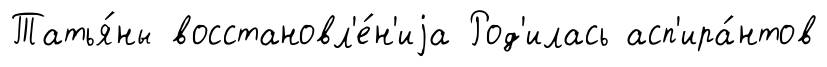
Татья́ны восстановл'е́н'иjа Род'илась асп'ира́нтов